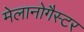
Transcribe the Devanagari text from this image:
मेलानोगैस्टर